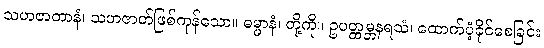
သဟဇာတာနံ၊ သဟဇာတ်ဖြစ်ကုန်သော။ ဓမ္မာနံ၊ တို့ကို။ ဥပတ္ထမ္ဘနရသံ၊ ထောက်ပံ့ခိုင်စေခြင်း